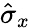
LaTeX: \hat{\sigma}_{x}